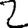
Digit: 2